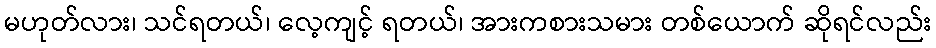
မဟုတ်လား၊ သင်ရတယ်၊ လေ့ကျင့် ရတယ်၊ အားကစားသမား တစ်ယောက် ဆိုရင်လည်း